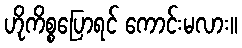
ဟိုကိစ္စပြောရင် ကောင်းမလား။